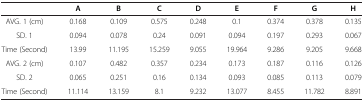
|  | A | B | C | D | E | F | G | H |
 | --- | --- | --- | --- | --- | --- | --- | --- | --- |
 | AVG. 1 (cm) | 0.168 | 0.109 | 0.575 | 0.248 | 0.1 | 0.374 | 0.378 | 0.135 |
 | SD. 1 | 0.094 | 0.078 | 0.24 | 0.091 | 0.094 | 0.197 | 0.293 | 0.067 |
 | Time (Second) | 13.99 | 11.195 | 15.259 | 9.055 | 19.964 | 9.286 | 9.205 | 9.668 |
 | AVG. 2 (cm) | 0.107 | 0.482 | 0.357 | 0.234 | 0.173 | 0.187 | 0.116 | 0.126 |
 | SD. 2 | 0.065 | 0.251 | 0.16 | 0.134 | 0.093 | 0.085 | 0.113 | 0.079 |
 | Time (Second) | 11.114 | 13.159 | 8.1 | 9.232 | 13.077 | 8.455 | 11.782 | 8.891 |